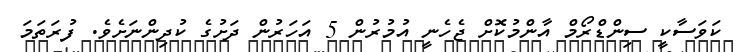
ކަވަސާކީ ސިންޑްރޯމް އާންމުކޮށް ޖެހެނީ އުމުރުން 5 އަހަރުން ދަށުގެ ކުދިންނަށެވެ. ފުރަތަމަ